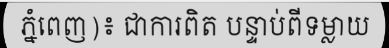
ភ្នំពេញ)៖ ជាការពិត បន្ទាប់ពីទម្លាយ